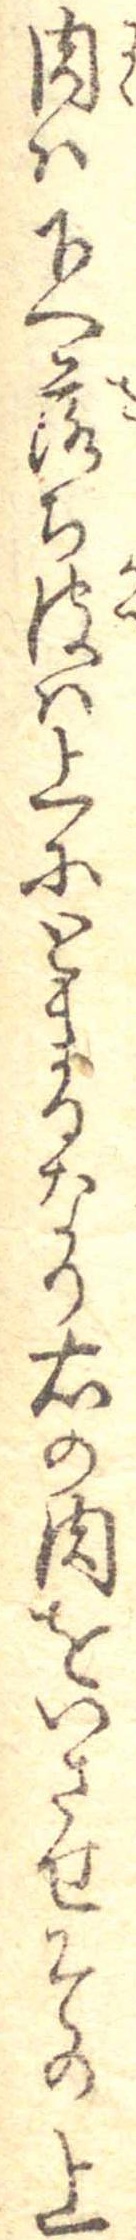
肉は下へ落ち皮は上にとまるなり右の肉をいさせその上